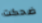
ضحكت